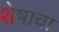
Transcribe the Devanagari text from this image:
शेषाचा